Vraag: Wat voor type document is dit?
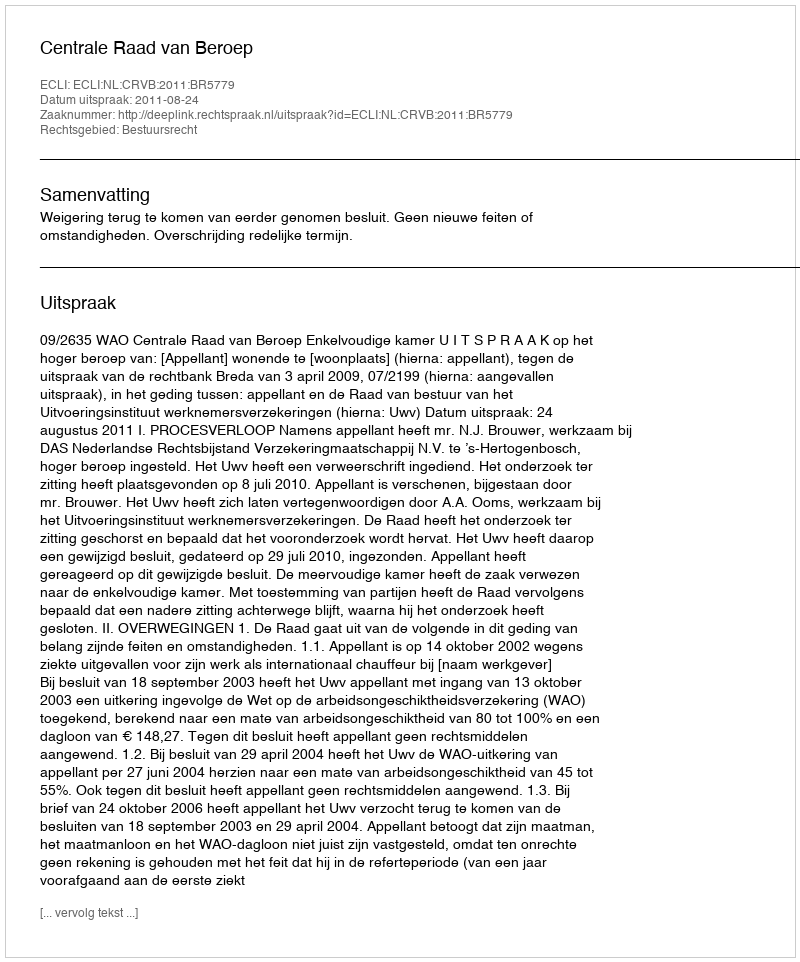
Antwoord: Uitspraak